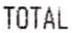
TOTAL